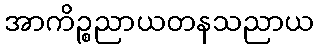
အာကိဉ္စညာယတနသညာယ